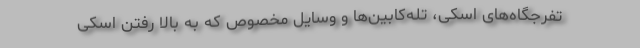
تفرجگاه‌های اسکی، تله‌کابین‌ها و وسایل مخصوص که به بالا رفتن اسکی